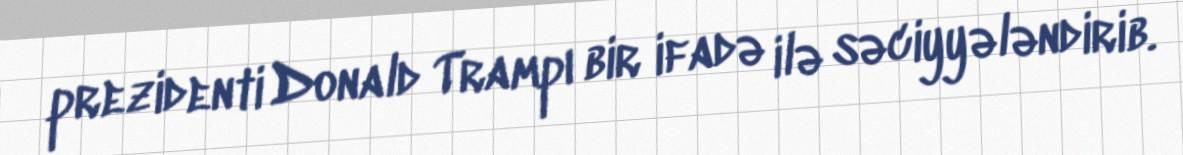
prezidenti Donald Trampı bir ifadə ilə səciyyələndirib.